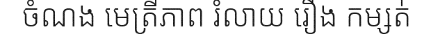
ចំណង មេត្រីភាព រំលាយ រឿង កម្សត់